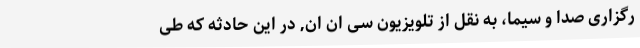
رگزاری صدا و سیما، به نقل از تلویزیون سی ان ان, در این حادثه که طی